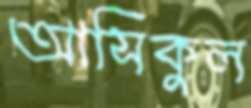
আসিকুল